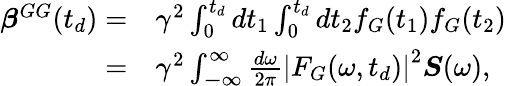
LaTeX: \begin{array}{rl}{\boldsymbol{\beta}^{GG}(t_{d})=}&{{}\gamma^{2}\int_{0}^{t_{d}}dt_{1}\int_{0}^{t_{d}}dt_{2}f_{G}(t_{1})f_{G}(t_{2})}\\ {=}&{{}\gamma^{2}\int_{\mathbb{-\infty}}^{\infty}\frac{d\omega}{2\pi}\left|F_{G}(\omega,t_{d})\right|^{2}\boldsymbol{S}(\omega),}\end{array}